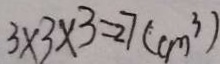
3 \times 3 \times 3 = 2 7 ( c m ^ { 3 } )